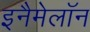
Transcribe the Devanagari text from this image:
इनैमेलॉन